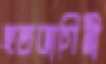
হতভাগিনী